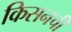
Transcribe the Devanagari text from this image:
किसनची